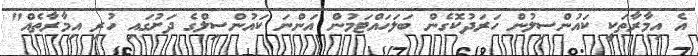
އެ އިމާރާތަކީ ކައުންސިލުން ހަރަދުކޮގެން ބަލަހައްޓަމުން އަންނަ ކައުންސިލްގެ ދަށުގައި ހުރި އިމާރާތެއް"